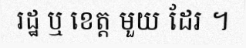
រដ្ឋ ឬ ខេត្ត មួយ ដែរ ។